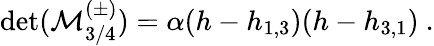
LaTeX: \operatorname*{det}({\cal M}_{3/4}^{(\pm)})=\alpha(h-h_{1,3})(h-h_{3,1}){}~.